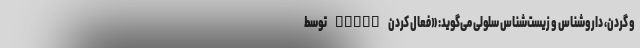
و گردن، داروشناس و زیست‌شناس سلولی می‌گوید: «فعال کردن STING توسط